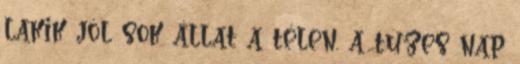
lakik jól sok állat a télen. a tüzes nap